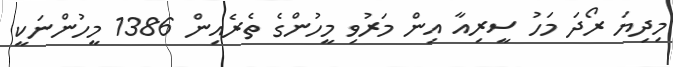
މިދިޔަ ރޯދަ މަހު ސީރިއާ އިން މަރުވި މީހުންގެ ތެރެއިން 1386 މީހުންނަކީ